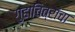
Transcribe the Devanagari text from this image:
गुहाचित्रांचा